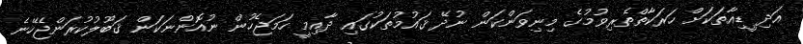
އަދި ީޑިއާތަކަށް ހަރަކާތްތެރިވުމުގެ މިނިވަންކަން ނުދޭ ޤައުމުތަކުގައި ދާއިމީ ހަމަޖެހުން ނުއޮންނަކަން ޤަބޫލުކުރަންޖެހޭނެ